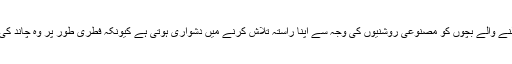
سمندری کچھوؤں کے انڈوں سے نکلنے والے بچوں کو مصنوعی روشنیوں کی وجہ سے اپنا راستہ تلاش کرنے میں دشواری ہوتی ہے کیونکہ فطری طور پر وہ چاند کی روشنی میں سمندر تک پہنچتے ہیں۔